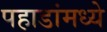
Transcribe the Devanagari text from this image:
पहाडांमध्ये